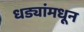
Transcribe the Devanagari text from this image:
धड्यांमधून